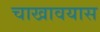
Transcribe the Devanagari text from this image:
चाखावयास